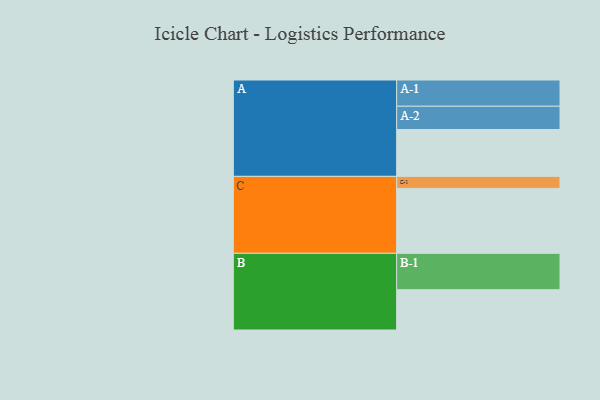
{"axis": {"x": "Segment", "y": "Value"}, "legend": ["", "A", "B", "C"], "data": [{"x": "A", "y": 350, "type": ""}, {"x": "B", "y": 301, "type": ""}, {"x": "C", "y": 485, "type": ""}, {"x": "A-1", "y": 196, "type": "A"}, {"x": "A-2", "y": 174, "type": "A"}, {"x": "B-1", "y": 272, "type": "B"}, {"x": "C-1", "y": 90, "type": "C"}]}